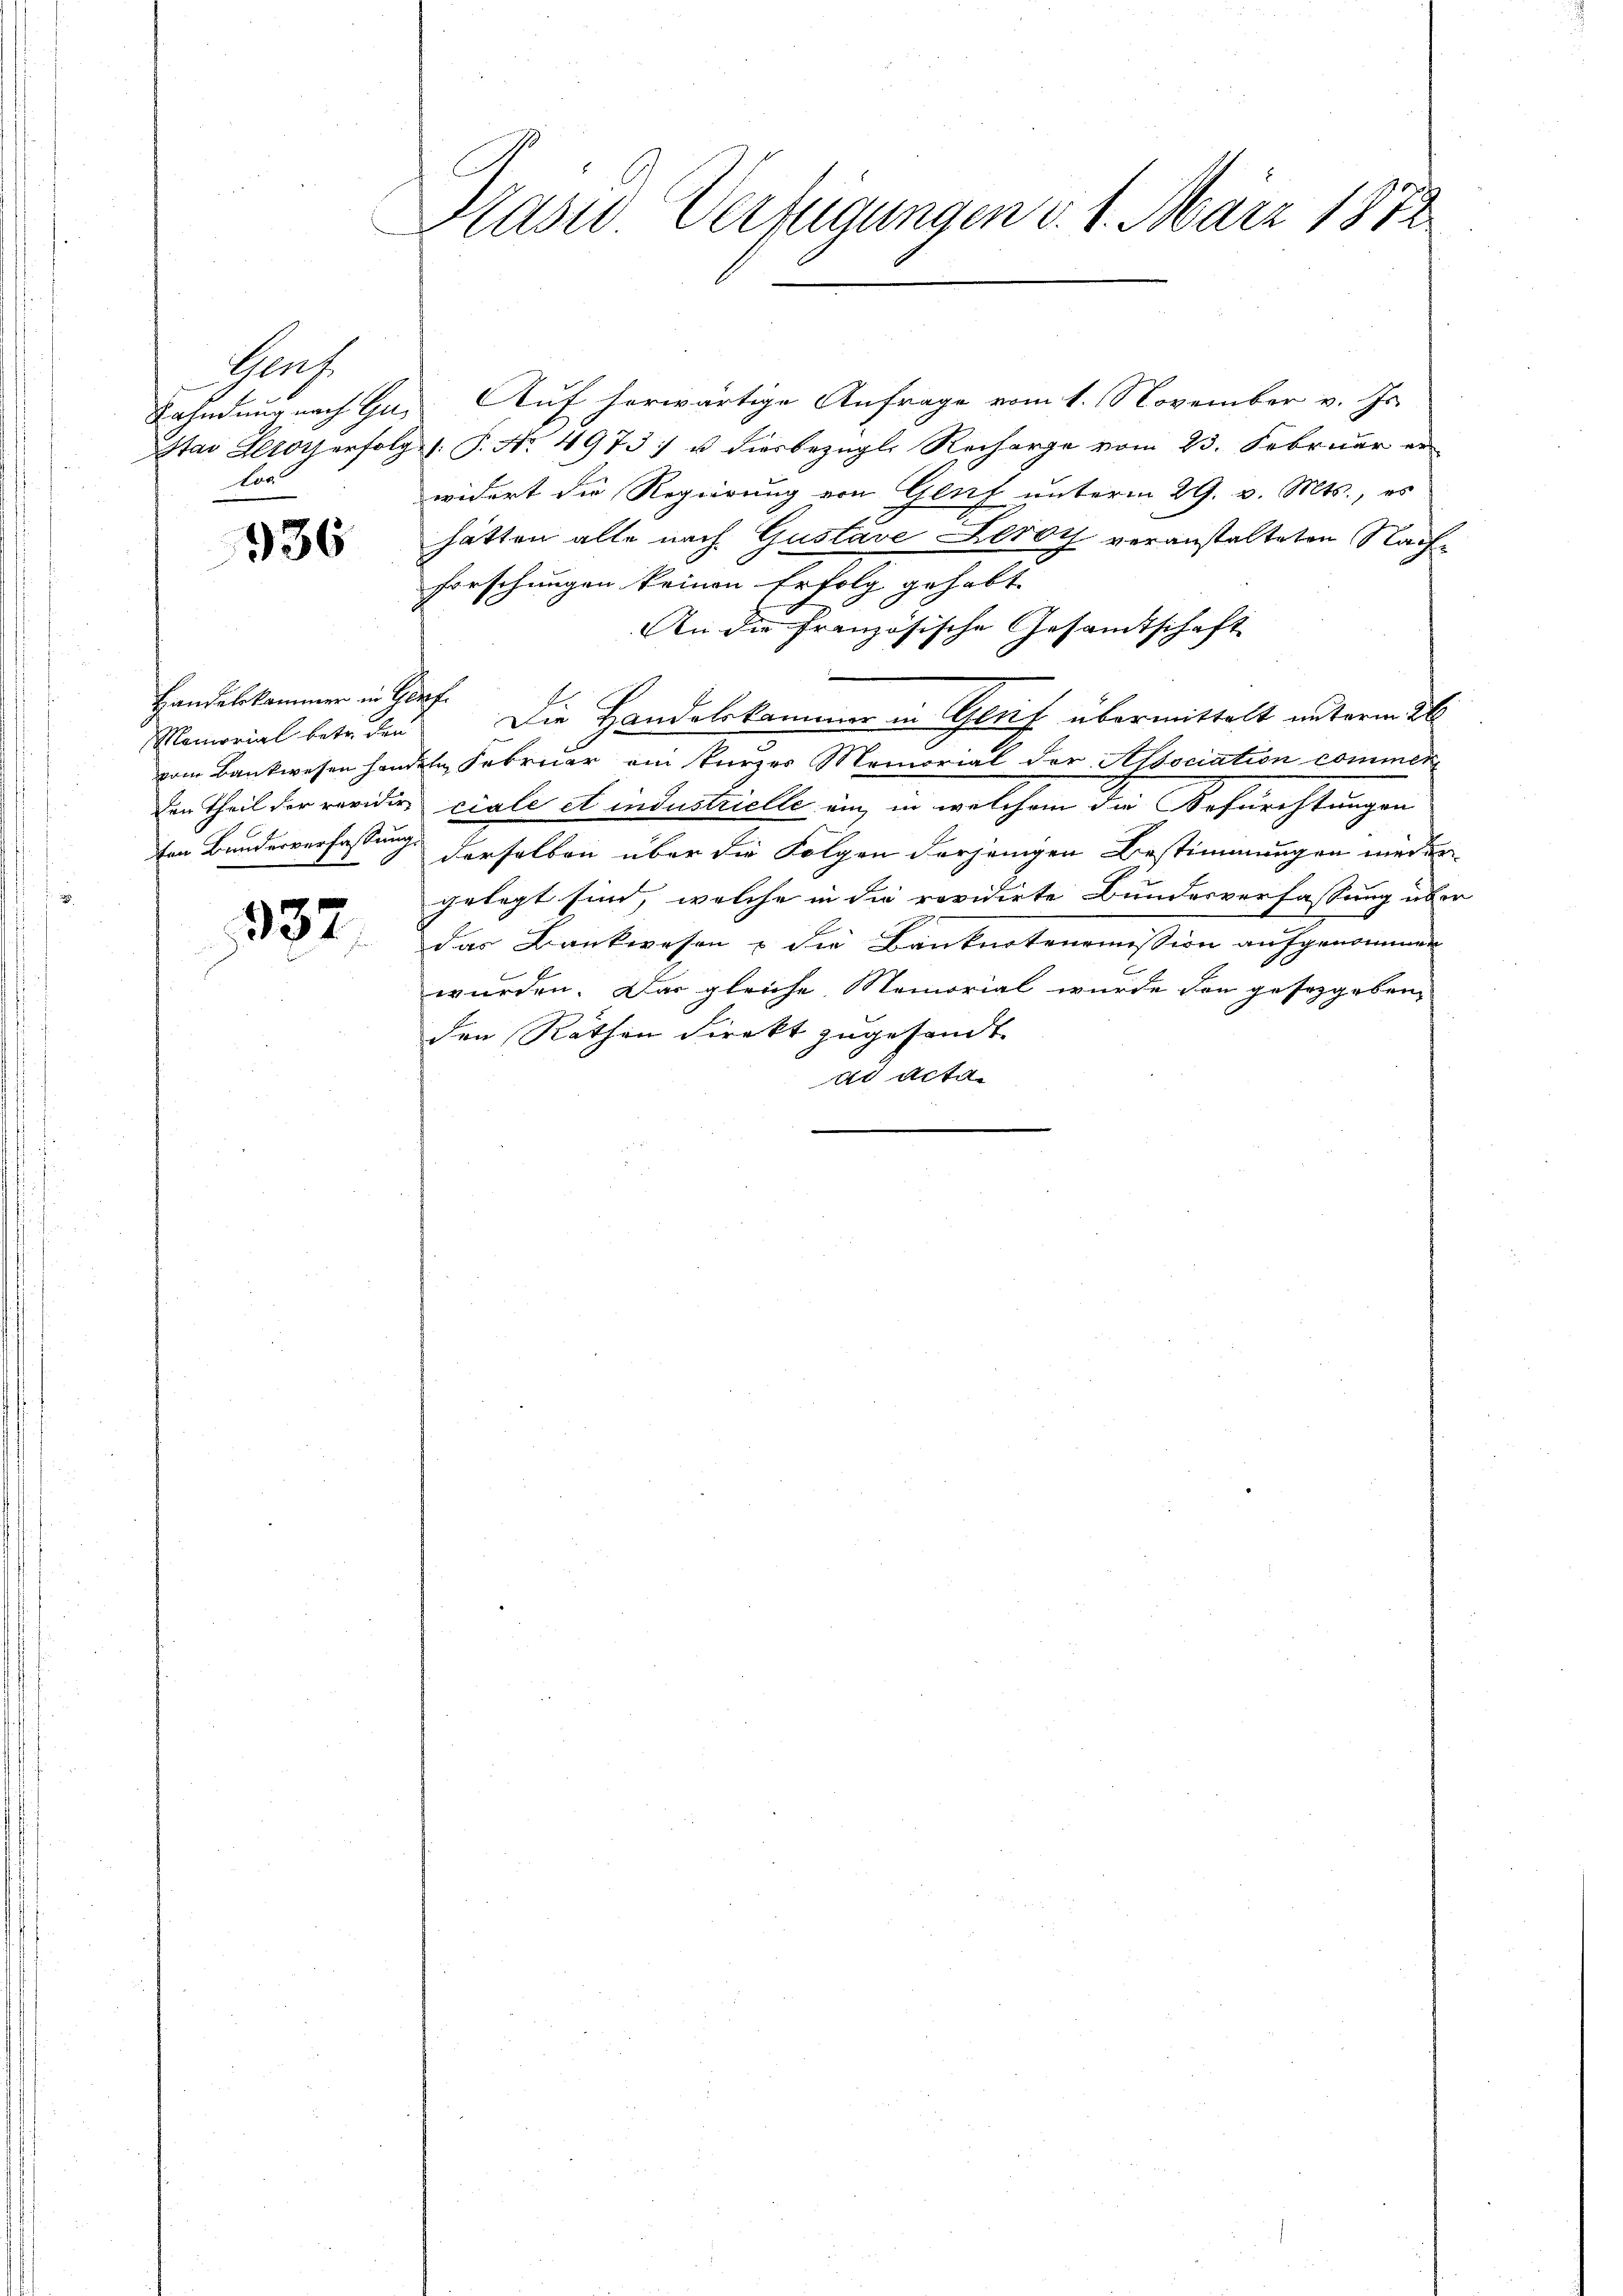
Prof.
Bahndung nach Ga¬
Star Heroy erfolg
or

936

Handelskammer in Genf
Memorial betr. den

932.

Kasw. Verfügungen d. 1. März 1872

Auf herwärtige Anfrage vom 1. November v. Js.
V. P. Nr. 4973 u. diesbezügl. Recharge vom 23. Februar er
widert die Regierung von Genf unterm 29. v. Mts., es
hätten alle nach Gustave Leroy veranstalteten Nach¬
Forschungen keinen Erfolg gehabt.
An die französische Gesandtschaft
Die Handelskammer in Genf übermittelt unterm 26
vom Bankwesen handeln Februar am kurzes Memorial der Association commer¬
Den Theil der revidire ciale et industrielle ein, in welchem die Befürchtungen
ten Bundesverfassung derselben über die Folgen derjenigen Bestimmungen nieder
gelegt sind, welche in die revidirte Bundesverfassung über
das Bankwesen & die Banknotenomission aufgenommen
wurden. Das gleiche Memorial wurde den gesetzgeben,
den Räthen Direkt zugesandt.
ad Acta